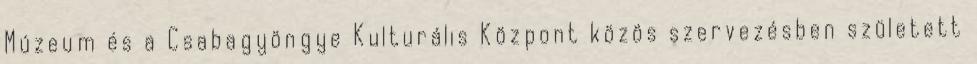
Múzeum és a Csabagyöngye Kulturális Központ közös szervezésben született